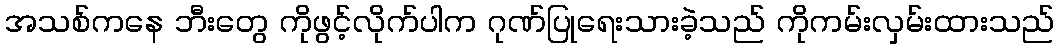
အသစ်ကနေ ဘီးတွေ ကိုဖွင့်လိုက်ပါက ဂုဏ်ပြုရေးသားခဲ့သည် ကိုကမ်းလှမ်းထားသည်